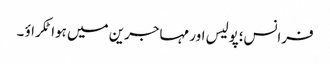
فرانس؛پولیس اور مہاجرین میں ہوا ٹکراؤ ۔